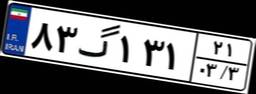
۴۳گ۵۰۷۳۵